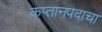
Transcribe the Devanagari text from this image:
कप्तानपदाचा